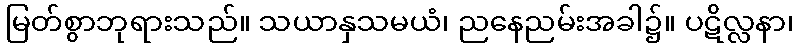
မြတ်စွာဘုရားသည်။ သယာနှသမယံ၊ ညနေညမ်းအခါ၌။ ပဋိလ္လနာ၊